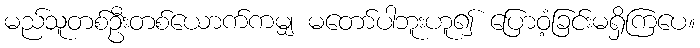
မည်သူတစ်ဦးတစ်ယောက်ကမျှ မတော်ပါဘူးဟူ၍ ပြောဝံ့ခြင်းမရှိကြပေ။